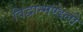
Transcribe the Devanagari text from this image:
विद्वान्मण्डली